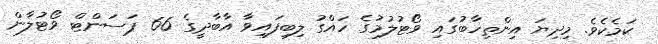
ކަމެކެވެ. މިދިޔަ އިންތިހާބުގައި ވޯޓުލުމުގެ ހައްގު ލިބިފައިވާ އާބާދީގެ 66 ޕަސަންޓް ވޯޓުލާން